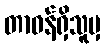
တာဝန်ရှိသူမှ